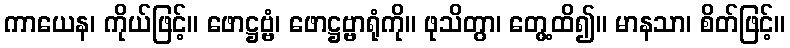
ကာယေန၊ ကိုယ်ဖြင့်။ ဖောဋ္ဌဗ္ဗံ၊ ဖောဋ္ဌဗ္ဗာရုံကို။ ဖုသိတွာ၊ တွေ့ထိ၍။ မာနသာ၊ စိတ်ဖြင့်။